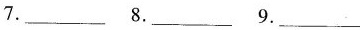
7.___ 8.___ 9.___